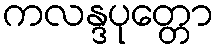
ကလန္ဒပုတ္တော